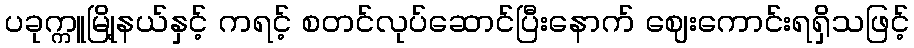
ပခုက္ကူမြို့နယ်နှင့် ကရင့် စတင်လုပ်ဆောင်ပြီးနောက် ဈေးကောင်းရရှိသဖြင့်